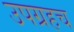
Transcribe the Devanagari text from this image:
उपग्रहच